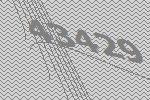
43429